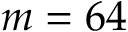
m = 6 4